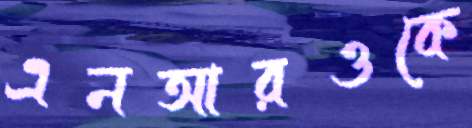
এনআরওকে